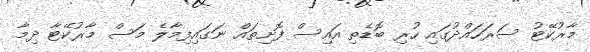
މާރުކޭޓު ސަރަހައްދުގައި ހުރި ބޮޑެތި އައިސް ފޮށިތައް ނަގައިފިމާލެ މަސް މާރުކޭޓާ ދިމާ